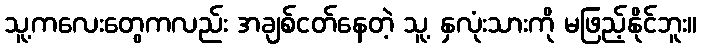
သူ့ကလေးတွေကလည်း အချစ်ငတ်နေတဲ့ သူ့ နှလုံးသားကို မဖြည့်နိုင်ဘူး။